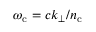
\omega _ { \mathrm { c } } = c k _ { \perp } / n _ { \mathrm { c } }